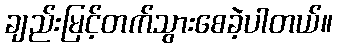
ချည်းမြင့်တက်သွားစေခဲ့ပါတယ်။